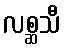
လစ္ဆသီ